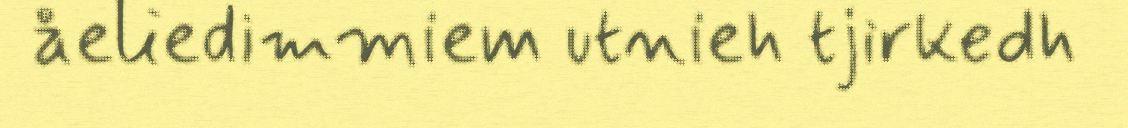
åeliedimmiem utnieh tjirkedh